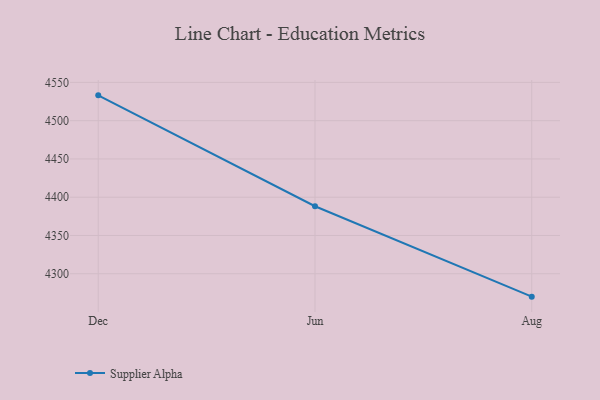
{"axis": {"x": "Month", "y": "Latency (ms)"}, "legend": ["Supplier Alpha"], "data": [{"x": "Dec", "y": 4533.1, "type": "Supplier Alpha"}, {"x": "Jun", "y": 4388.2, "type": "Supplier Alpha"}, {"x": "Aug", "y": 4270.1, "type": "Supplier Alpha"}]}